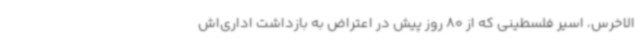
الاخرس، اسیر فلسطینی که از 80 روز پیش در اعتراض به بازداشت اداری‌اش